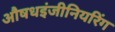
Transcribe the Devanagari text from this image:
औषधइंजीनियरिंग